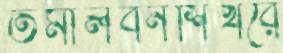
তমালবনশিখরে